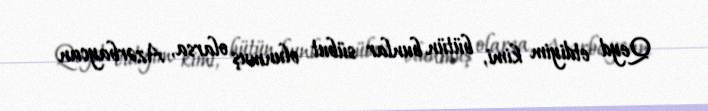
Qeyd etdiyim kimi, bütün bunlar sübut olunmuş olarsa, Azərbaycan